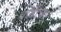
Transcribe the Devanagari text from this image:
बोगींचा